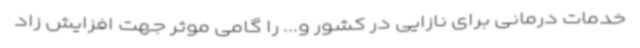
خدمات درمانی برای نازایی در کشور و... را گامی موثر جهت افزایش زاد